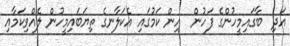
އަދި  ބާގައިމީހުންގެ ފަހުން  އިން ކަމުގައި އެކަލާނގެ ތިޔަބައިމީހުން ލެއްވިކަމާއި